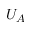
U _ { A }